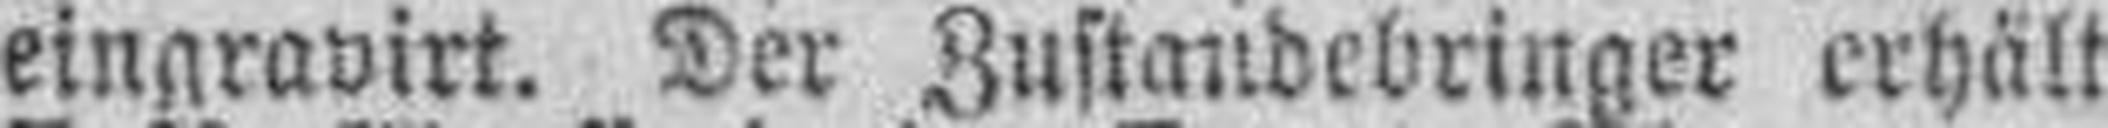
eingravirt. Der Zustandebringer erhält